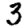
Digit: 3